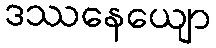
ဒဿနေယျော